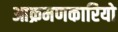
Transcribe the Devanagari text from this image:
आक्रमणकारियो